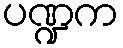
ပဏ္ဍက